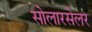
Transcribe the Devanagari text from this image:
सोलारसेलर